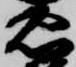
忠